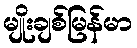
မျိုးချစ်မြန်မာ